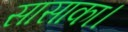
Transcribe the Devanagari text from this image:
सासाका।